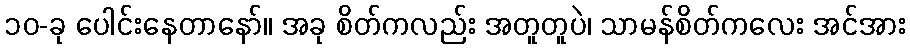
၁၀-ခု ပေါင်းနေတာနော်။ အခု စိတ်ကလည်း အတူတူပဲ၊ သာမန်စိတ်ကလေး အင်အား